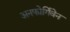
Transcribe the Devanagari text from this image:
अनफोर्गिवेन